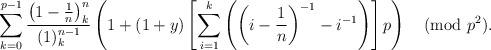
LaTeX: \begin{align*}\sum_{k=0}^{p-1} \frac{\left(1-\frac 1n \right)_k^n}{(1)_k^{n-1}}\left( 1 + (1+y) \left[ \sum_{i=1}^k \left( \left(i - \frac 1n\right)^{-1} - i^{-1}\right) \right] p \right) \pmod{p^2}.\end{align*}